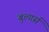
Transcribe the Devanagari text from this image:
बुल्गर्स